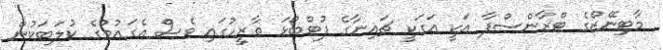
މާޓިނޭޒްގެ ޓްރާންސްފާ އަކީ އަގަކީ ޗައިނާގެ ފުޓްބޯޅަ ތާރީހުގައި ވެސް އެގައުމުގެ ކުލަބަކުން